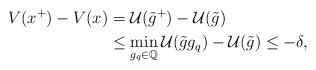
LaTeX: \begin{align*}V(x^+) - V(x) & = \mathcal{U}(\tilde{g}^+) - \mathcal{U}(\tilde{g}) \\& \leq \min_{g_q\in \mathbb{Q}} \mathcal{U}(\tilde{g}g_q) - \mathcal{U}(\tilde{g}) \leq - \delta, \end{align*}